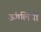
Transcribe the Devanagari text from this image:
ऊंगलियों